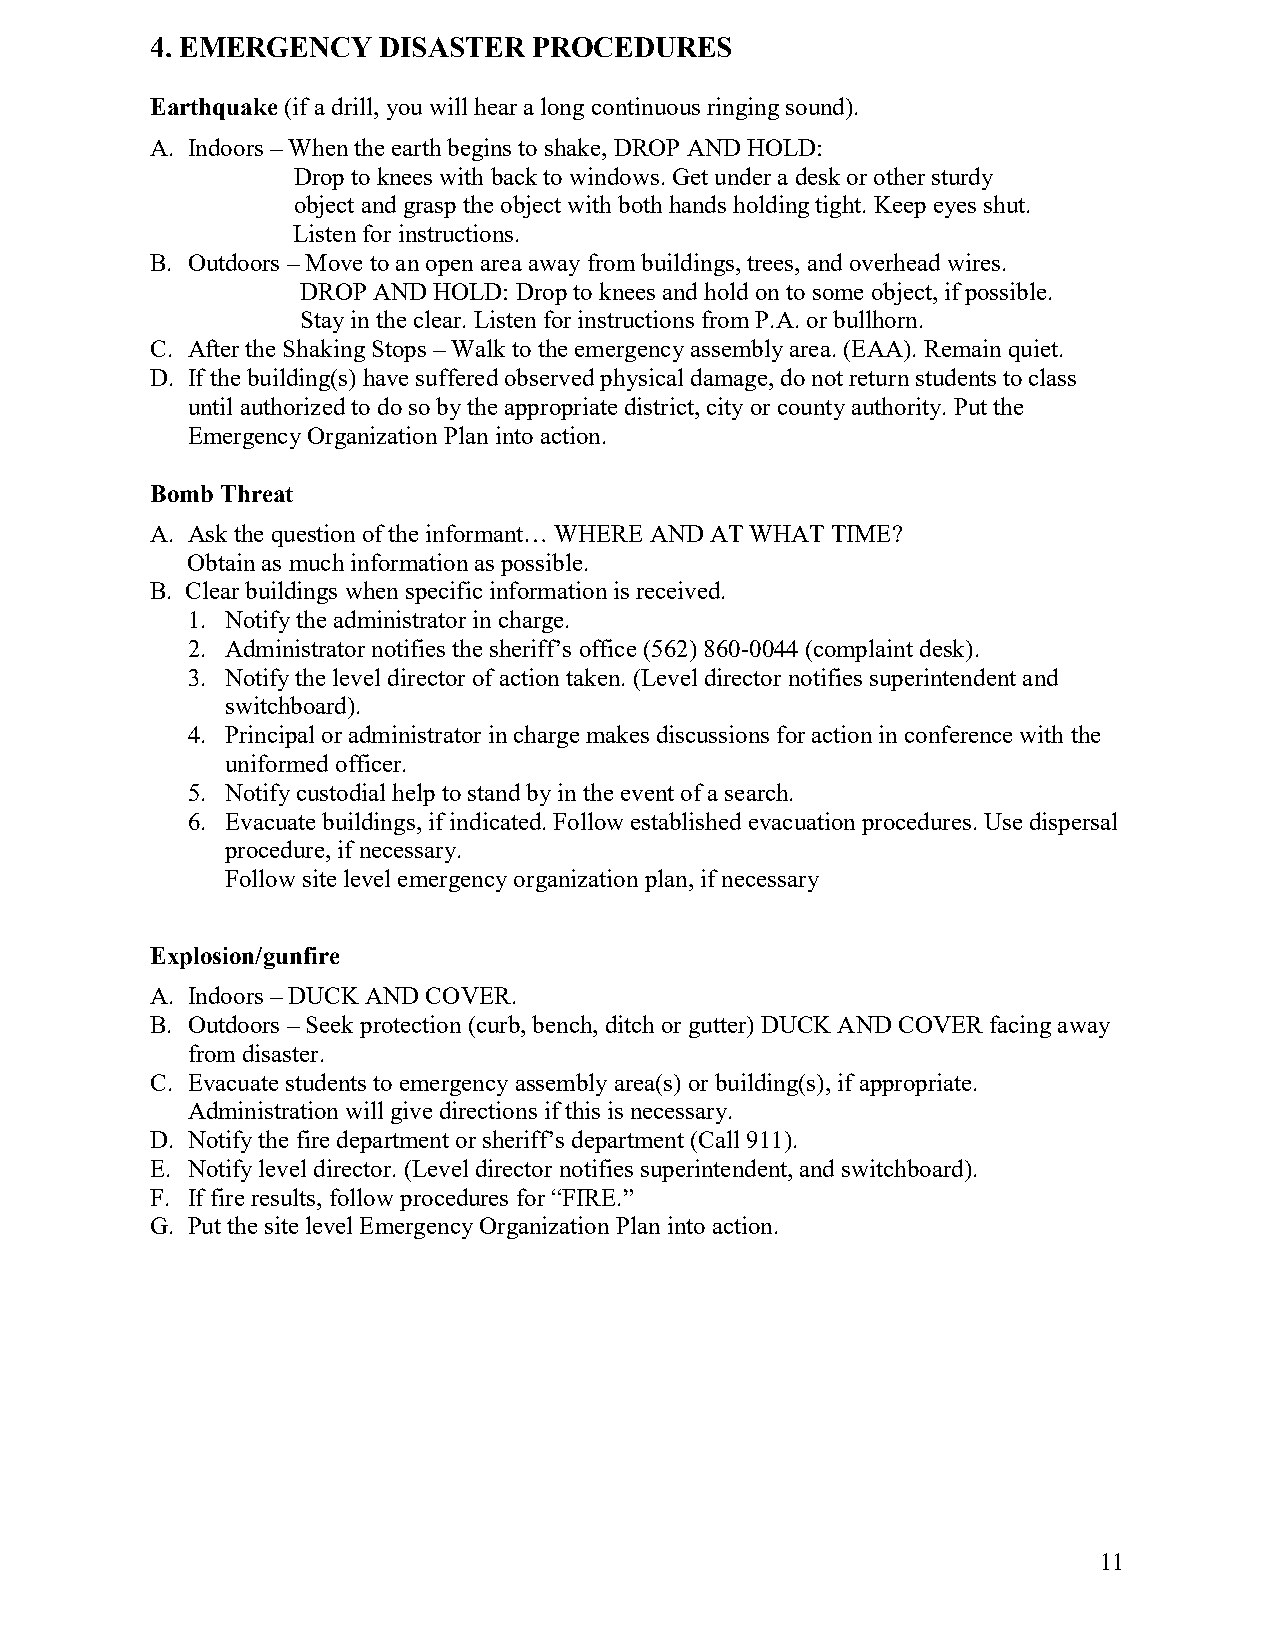
4. EMERGENCY   DISASTER  PROCEDURES
 Earthquake (if a drill, you will hear a long continuous ringing sound).
 A. Indoors – When the earth begins to shake, DROP AND HOLD:
 Drop to knees with back to windows. Get under a desk or other sturdy
 object and grasp the object with both hands holding tight. Keep eyes shut.
 Listen for instructions.
 B. Outdoors – Move to an open area away from buildings, trees, and overhead wires.
 DROP AND HOLD: Drop to knees and hold on to some object, if possible.
 Stay in the clear. Listen for instructions from P.A. or bullhorn.
 C. After the Shaking Stops – Walk to the emergency assembly area. (EAA). Remain quiet.
 D. If the building(s) have suffered observed physical damage, do not return students to class
 until authorized to do so by the appropriate district, city or county authority. Put the
 Emergency Organization Plan into action.
 Bomb Threat
 A. Ask the question of the informant… WHERE AND AT WHAT TIME?
 Obtain as much information as possible.
 B. Clear buildings when specific information is received.
 1. Notify the administrator in charge.
 2. Administrator notifies the sheriff’s office (562) 860-0044 (complaint desk).
 3. Notify the level director of action taken. (Level director notifies superintendent and
 switchboard).
 4. Principal or administrator in charge makes discussions for action in conference with the
 uniformed officer.
 5. Notify custodial help to stand by in the event of a search.
 6. Evacuate buildings, if indicated. Follow established evacuation procedures. Use dispersal
 procedure, if necessary.
 Follow site level emergency organization plan, if necessary
 Explosion/gunfire
 A. Indoors – DUCK AND COVER.
 B. Outdoors – Seek protection (curb, bench, ditch or gutter) DUCK AND COVER facing away
 from disaster.
 C. Evacuate students to emergency assembly area(s) or building(s), if appropriate.
 Administration will give directions if this is necessary.
 D. Notify the fire department or sheriff’s department (Call 911).
 E. Notify level director. (Level director notifies superintendent, and switchboard).
 F. If fire results, follow procedures for “FIRE.”
 G. Put the site level Emergency Organization Plan into action.
 11